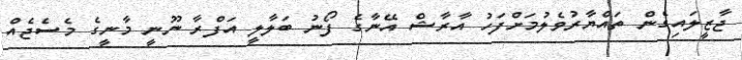
ޖާޒީލައިގެން ތައްޔާރުވެލުމަށްފަހު އާރާޝް އޭނާގެ ފޯނު ބަލާލީ އަފްރާ ނޫނީ މާނީގެ މެސެޖެއް